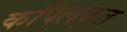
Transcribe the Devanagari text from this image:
कपिलकृत